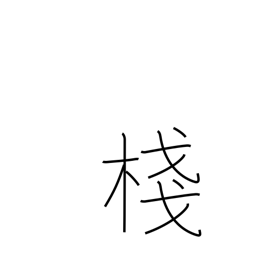
Meaning: crosspiece